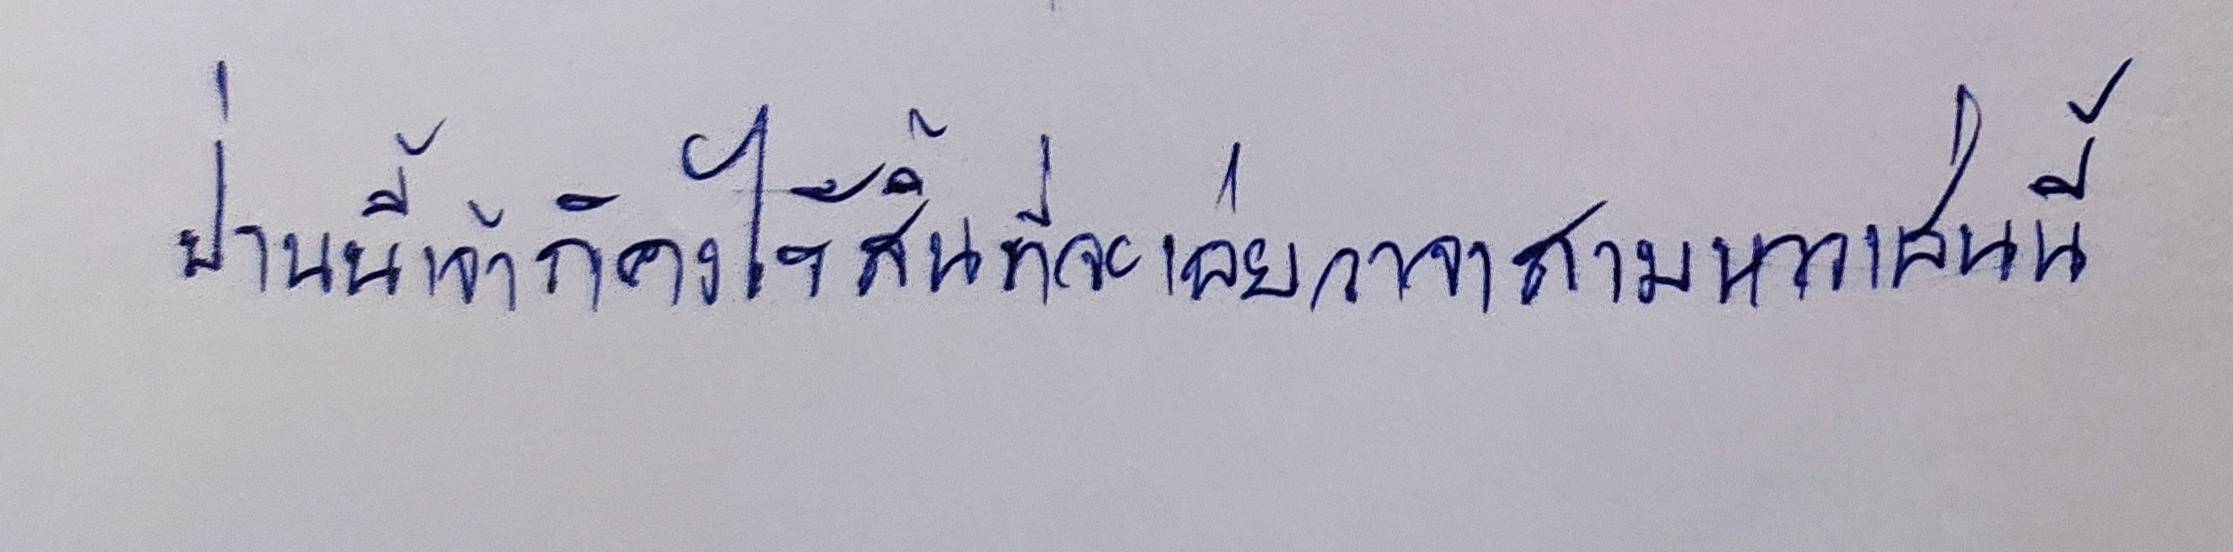
ป่านนี้เจ้าก็คงไร้สิ้นที่จะเอ่ยวาจาสามหาวเช่นนี้"